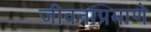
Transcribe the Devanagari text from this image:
जीवनाप्रमाणे